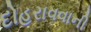
દોહરાવવાની